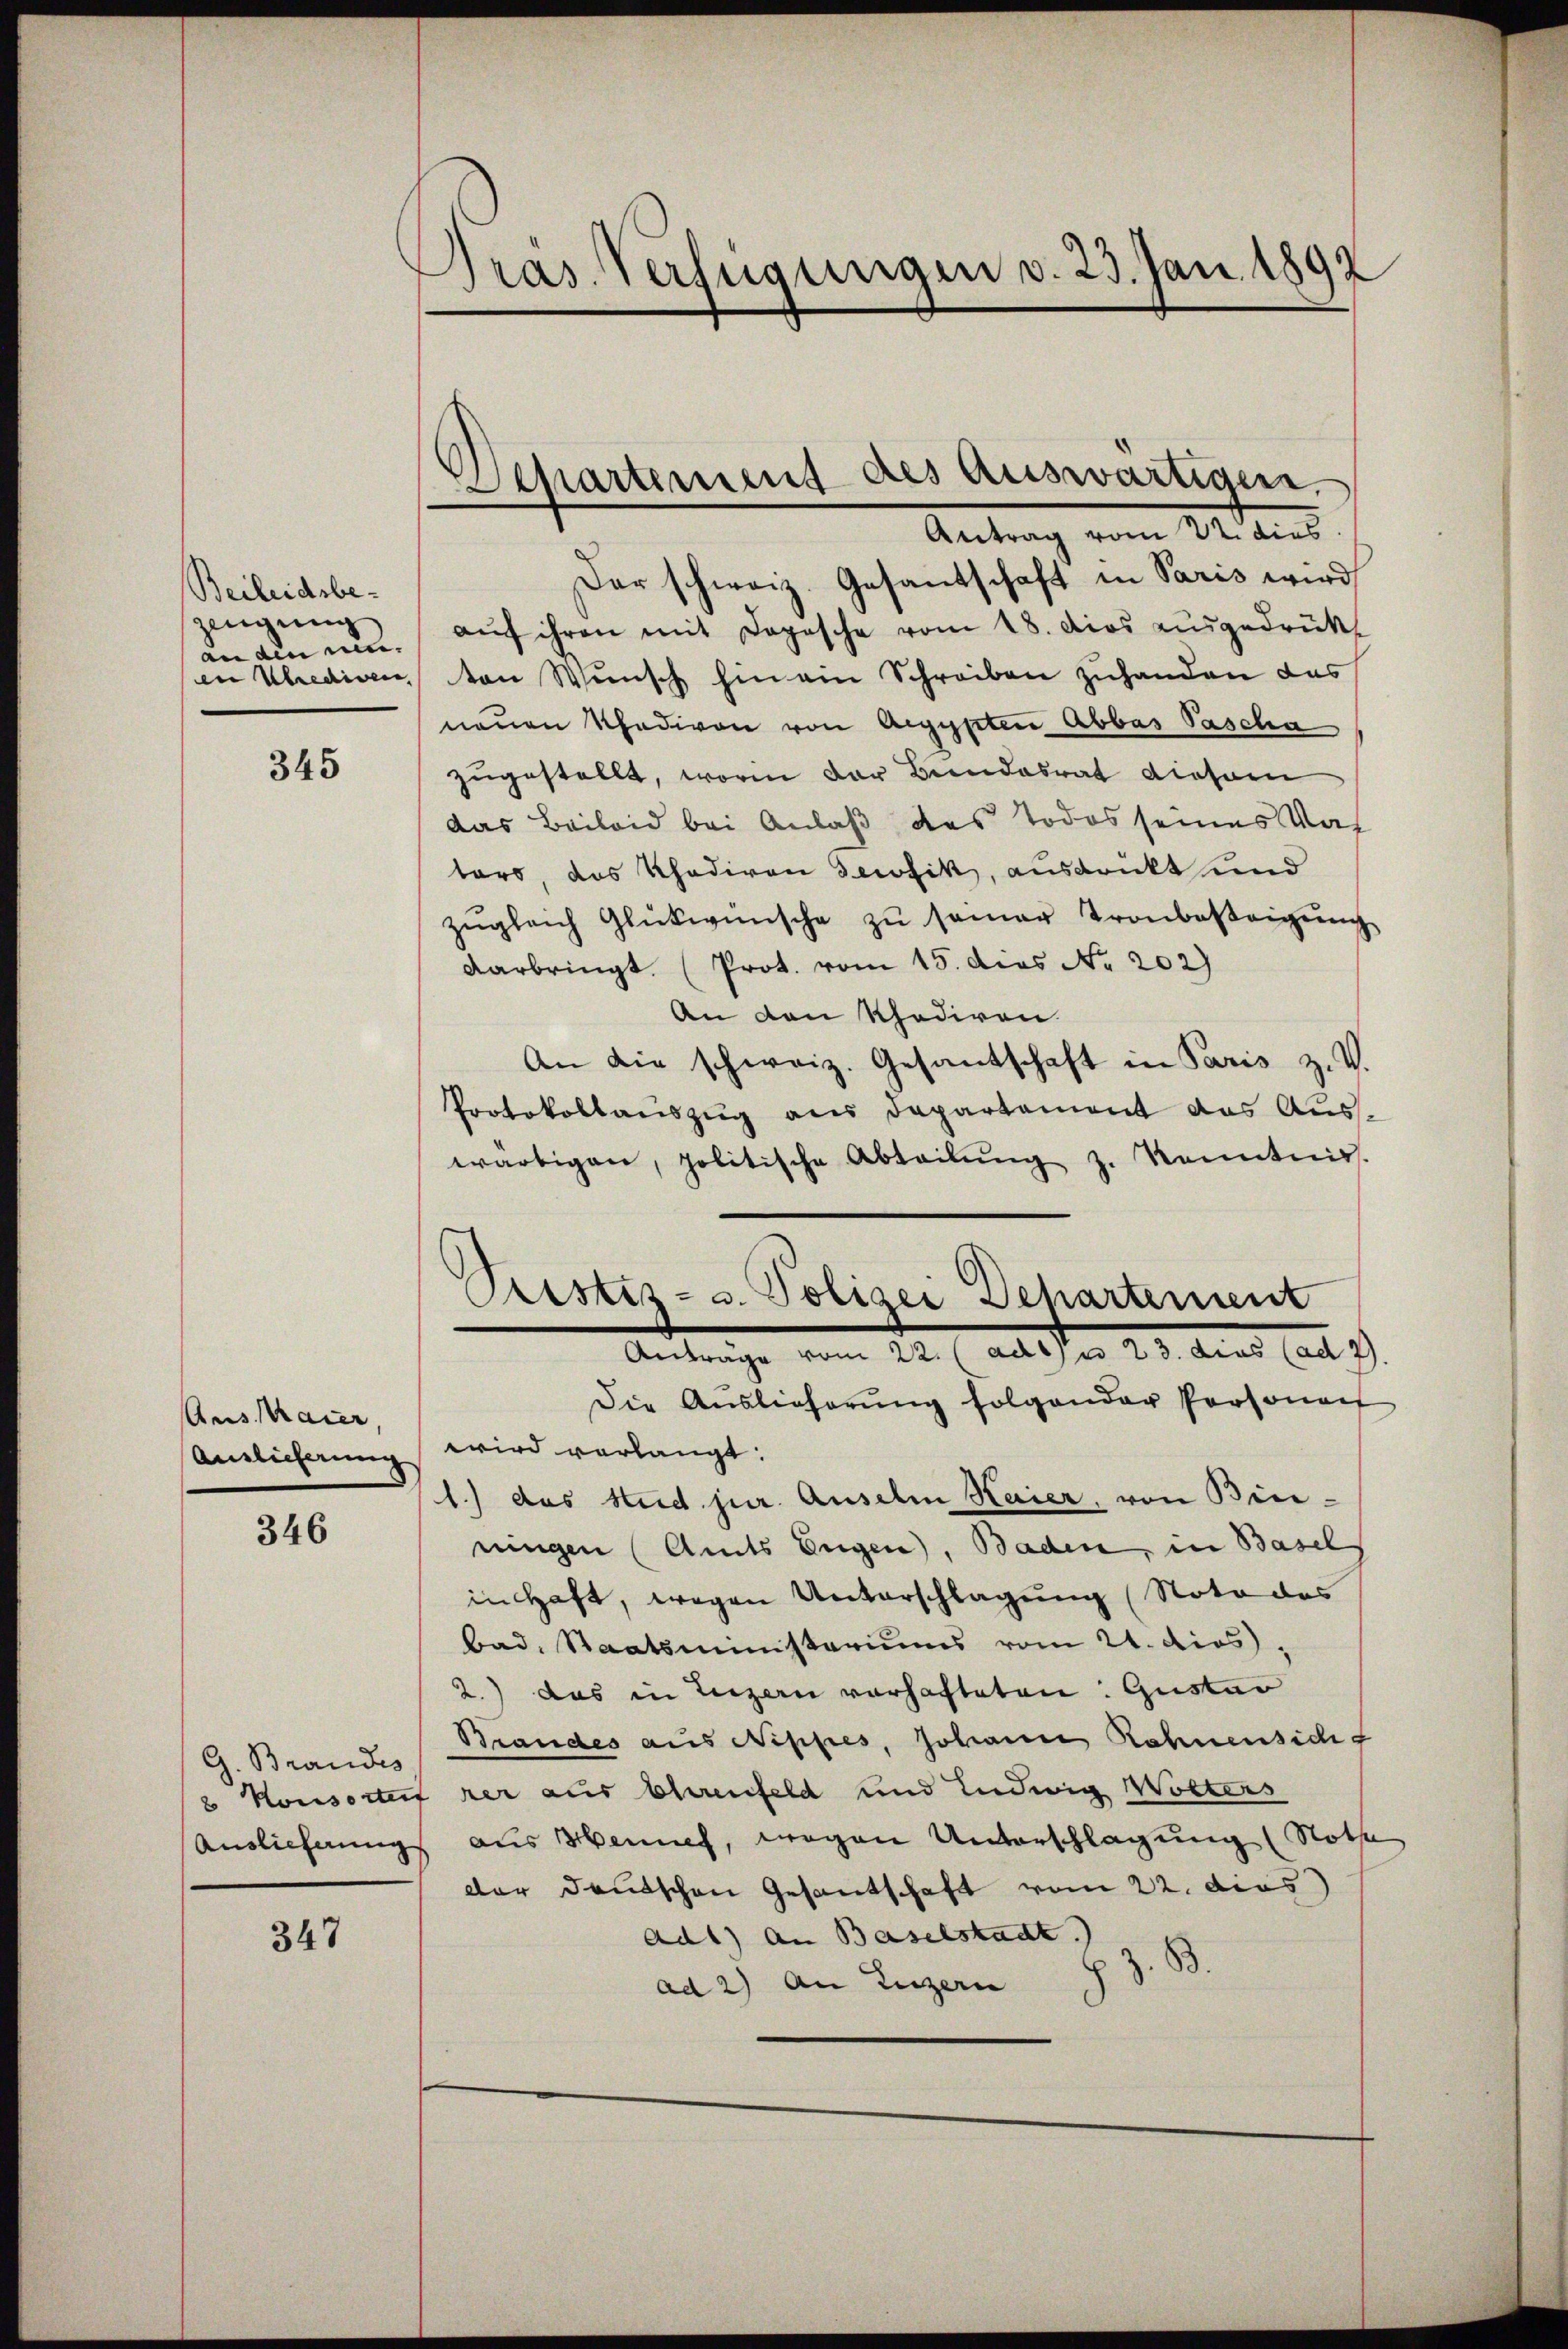
Beileidsbezeugung
an ain ein- |
en Uhredigen,

345

Aus Maier,
Auslieferung

346

G. Brandes

347

Pras Verfügungen v. 23. Jan. 1892

Departemens des auswärtigen.
Antrag vom 22. dies

Der schweiz. Gesandschaft in Paris wird
aŭf ihren mit Dopasche vom 18. dies ausgedrückt
ton Wŭnsch hin ein Schreiben zŭhanden das
neuen Thadivon von Aegypten Abbas Pascha
zugestellt, worin der Bundesrat dieser
das Beileid bei Anlaß des Todes seines Vat
tors, das Khadiren secofik, ausdrückt und
zŭgleich Glückwünsche zŭ samer Tronbestrigŭng
darbringt (Prot. vom 15. dies N. 202)
An den Khediren.
An die schweiz. Gesantschaft in Paris z. V.
Protokollauszug aus Departement das Auswärtigen, politische Abteilŭng z. Kenntnis.
Pristis- u. Polizei Dehartement
Anträge vom 22. (ad 11 n 23. dies (ad 2.
Die Auslieferŭng folgender Personac
wird verlangt:
1.) das Stud. jur. Auselm Haier, von Binningen (Amts Eugen, Baden, in Basel
in Haft, wegen Unterschlagung (Noto des
Bad. Staatsministeriums vom 21. dies,
2.) Das in Luzern vorhafteten: Gustav
Brandes aus Nippes, Johann Rahnensicht
2 Konsortet her aus Ehrenfeld und Ludwig Wolters
Auslieferungs aus Menne, wegen Unterschlagung (Nothe
dar Deutschen Gesantschaft vom 22. dies
ad1) an Baselstadt.
z. B.
ad 2) An Luzern